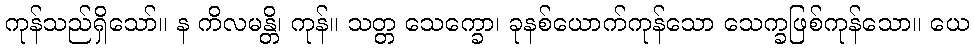
ကုန်သည်ရှိသော်။ န ကိလမန္တိ၊ ကုန်။ သတ္တ သေက္ခော၊ ခုနစ်ယောက်ကုန်သော သေက္ခဖြစ်ကုန်သော။ ယေ